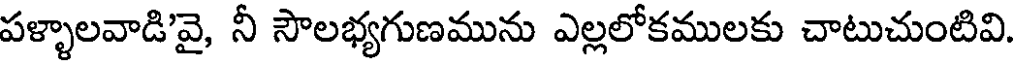
పళ్ళాలవాడి'వై, నీ సౌలభ్యగుణమును ఎల్లలోకములకు చాటుచుంటివి.